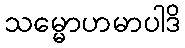
သမ္မောဟမာပါဒိ